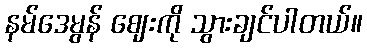
နမ်ဒေမွန် ဈေးကို သွားချင်ပါတယ်။